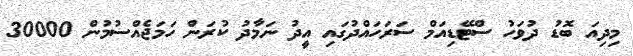
މިދިއަ ބޮޑު ދުވަހު ސްޓޭޑިއަމް ސަރަހައްދުގައި އީދު ނަމާދު ކުރަން ހަމަޖެއްސުމުން 30000